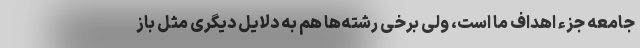
جامعه جزء اهداف ما است، ولی برخی رشته‌ها هم به دلایل دیگری مثل باز